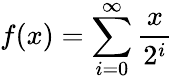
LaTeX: f(x)=\sum_{i=0}^{\infty}{\frac{x}{2^{i}}}